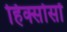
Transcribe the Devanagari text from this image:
हिक्सोसों